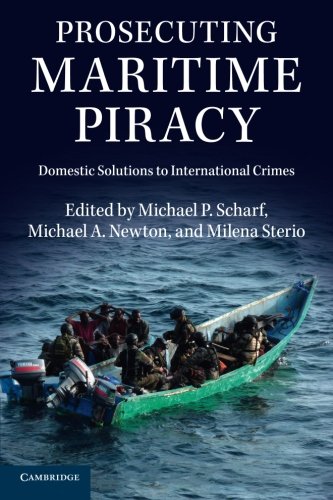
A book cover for Prosecuting Maritime Piracy: Domestic Solutions to International Crimes; Law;